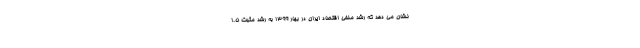
نشان می دهد که رشد منفی اقتصاد ایران در بهار ۱۳۹۹ به رشد مثبت ۱.۵